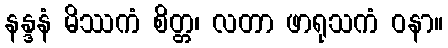
နန္ဒနံ မိဿကံ စိတ္တ၊ လတာ ဖာရုသကံ ဝနာ။